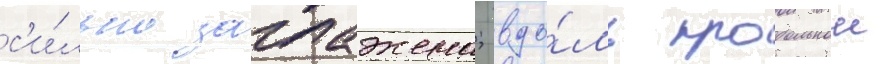
с'и́льно заглажена; вдо́ль продольнои